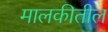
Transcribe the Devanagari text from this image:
मालकीतील